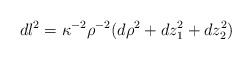
\begin{align*}dl^2=\kappa^{-2}\rho^{-2}(d\rho^2+dz_1^2+dz_2^2)~~~\end{align*}